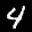
Label: 4